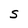
Character: S